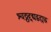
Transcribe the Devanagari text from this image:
श्वठ्ठद्दद्यद्बह्यद्ध